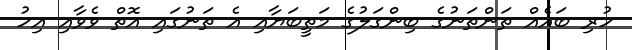
ހުރި ބައެއް ތަންތަނުގެ ބިންގަލުގެ މަތީބަޔާއި އެ ތަނުގައި އޮތް ވެވާއި އިހު